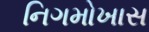
નિગમોખાસ